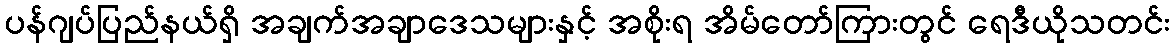
ပန်ဂျပ်ပြည်နယ်ရှိ အချက်အချာဒေသများနှင့် အစိုးရ အိမ်တော်ကြားတွင် ရေဒီယိုသတင်း